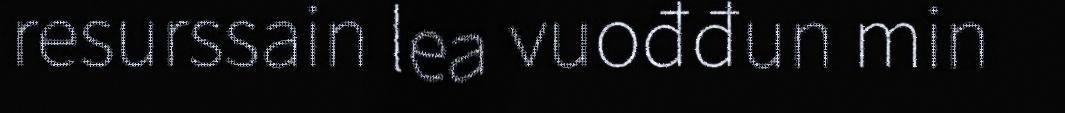
resurssain lea vuođđun min